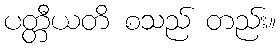
ပတ္တီယတိ စသည် တည်း။